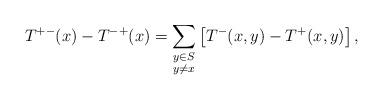
LaTeX: \begin{align*} T^{+-}(x) - T^{-+}(x) = \sum_{\substack{y \in S \\ y \neq x}} \left[ T^{-}(x,y) - T^{+}(x,y) \right],\end{align*}